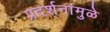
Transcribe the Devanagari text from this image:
प्रदर्शनांमुळे